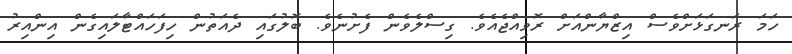
ހަމަ ރަނގަޅަށްވެސް އިޒްޔާންއަށް ރޮވިއްޖެއެވެ. ގިސްލެވެން ފެށުނެވެ. ބޮލުގައި ދެއަތުން ހިފަހައްޓާލައިގެން އިންއިރު